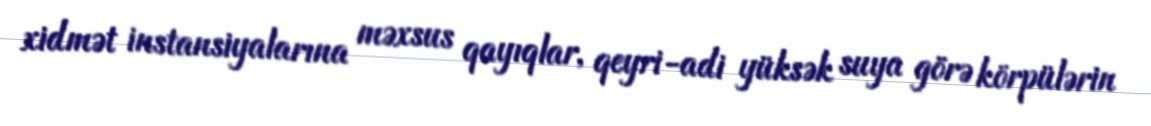
xidmət instansiyalarına məxsus qayıqlar, qeyri-adi yüksək suya görə körpülərin